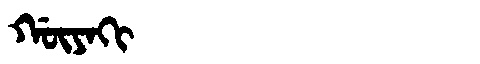
Manchu: ᡤᡡᠶᠠᡴᡳ
Romanization: GŪYAKI